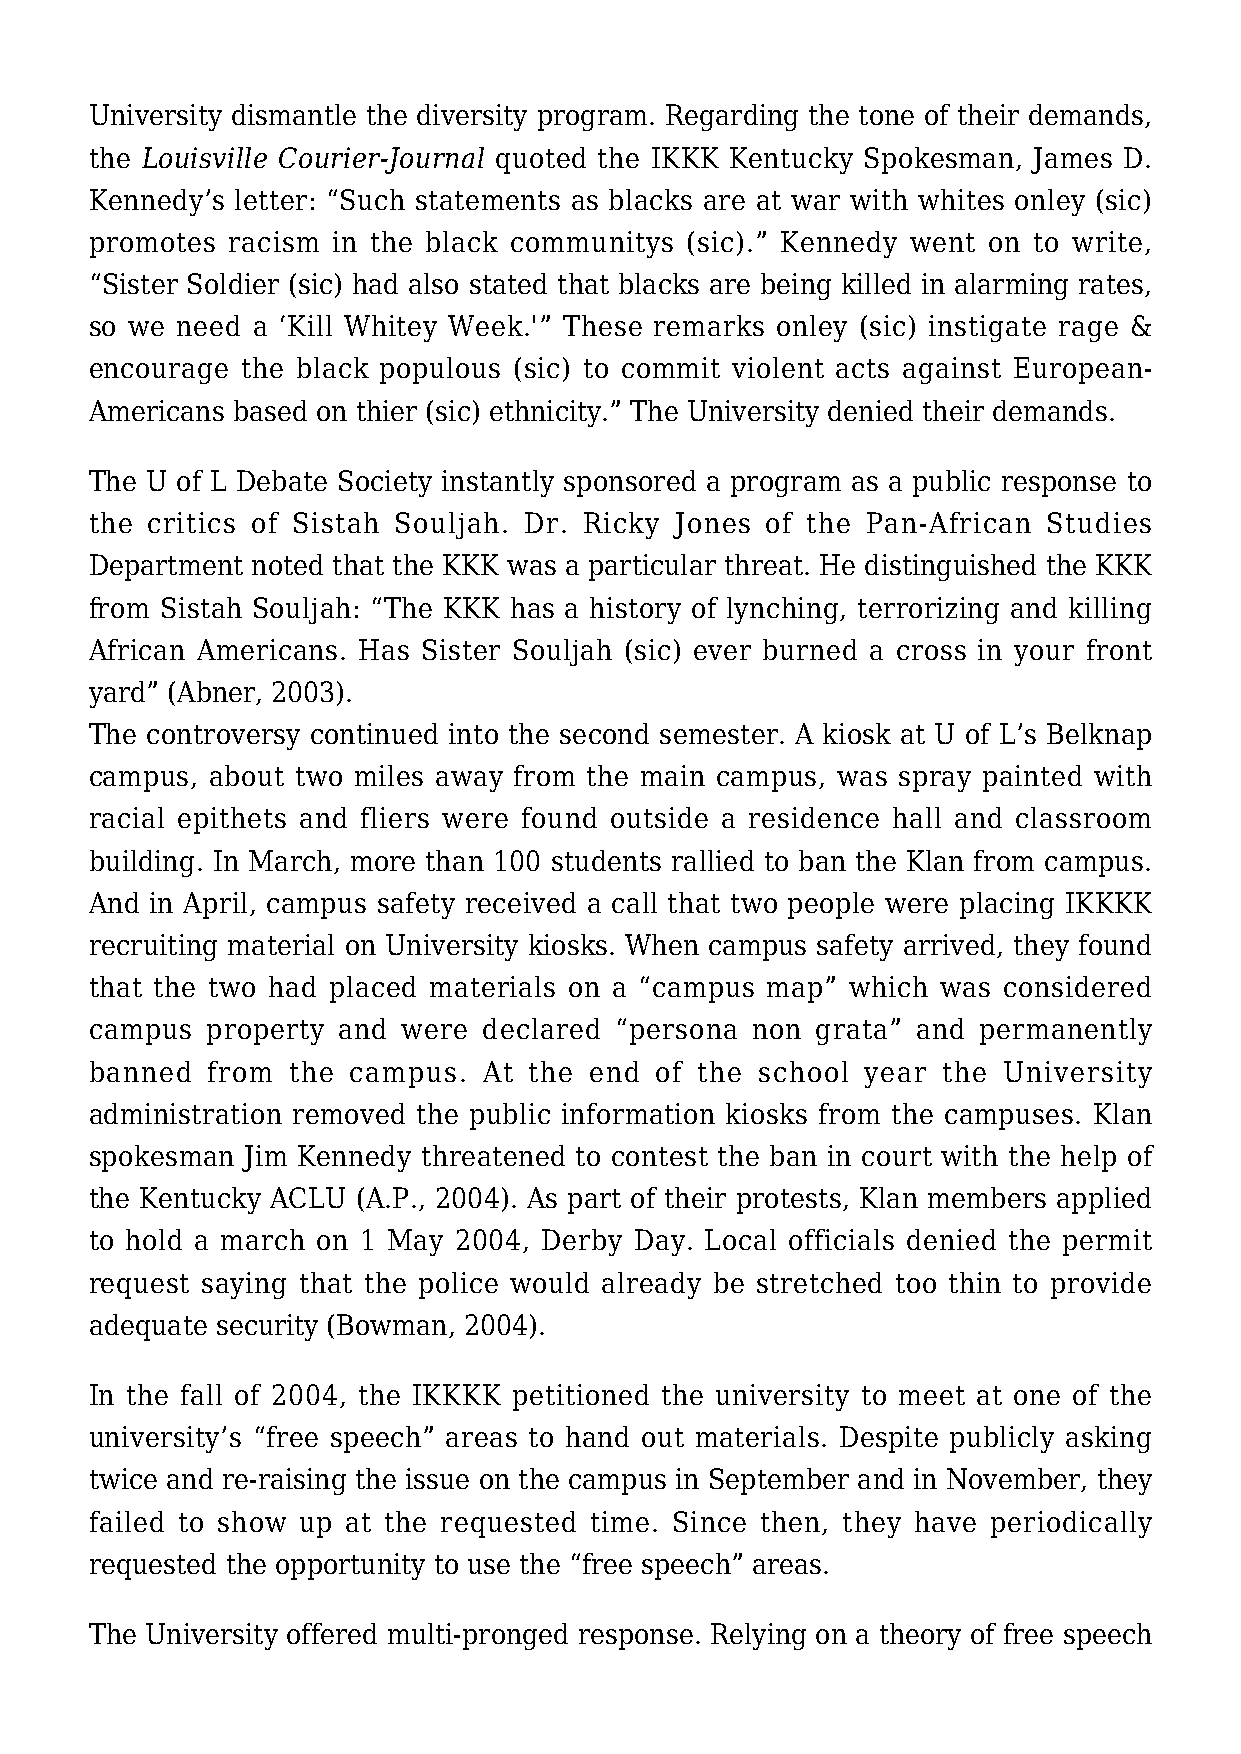
University dismantle the diversity program. Regarding the tone of their demands,
 the Louisville Courier-Journal quoted the IKKK Kentucky Spokesman, James D.
 Kennedy’s letter: “Such statements as blacks are at war with whites onley (sic)
 promotes racism in the black communitys (sic).” Kennedy went on to write,
 “Sister Soldier (sic) had also stated that blacks are being killed in alarming rates,
 so we need a ‘Kill Whitey Week.'” These remarks onley (sic) instigate rage &
 encourage the black populous (sic) to commit violent acts against European-
 Americans based on thier (sic) ethnicity.” The University denied their demands.
 The U of L Debate Society instantly sponsored a program as a public response to
 the critics of Sistah Souljah. Dr. Ricky Jones of the Pan-African Studies
 Department noted that the KKK was a particular threat. He distinguished the KKK
 from Sistah Souljah: “The KKK has a history of lynching, terrorizing and killing
 African Americans. Has Sister Souljah (sic) ever burned a cross in your front
 yard” (Abner, 2003).
 The controversy continued into the second semester. A kiosk at U of L’s Belknap
 campus, about two miles away from the main campus, was spray painted with
 racial epithets and fliers were found outside a residence hall and classroom
 building. In March, more than 100 students rallied to ban the Klan from campus.
 And in April, campus safety received a call that two people were placing IKKKK
 recruiting material on University kiosks. When campus safety arrived, they found
 that the two had placed materials on a “campus map” which was considered
 campus  property and were declared “persona non grata” and permanently
 banned  from the campus.  At the end of the school year the University
 administration removed the public information kiosks from the campuses. Klan
 spokesman Jim Kennedy threatened to contest the ban in court with the help of
 the Kentucky ACLU (A.P., 2004). As part of their protests, Klan members applied
 to hold a march on 1 May 2004, Derby Day. Local officials denied the permit
 request saying that the police would already be stretched too thin to provide
 adequate security (Bowman, 2004).
 In the fall of 2004, the IKKKK petitioned the university to meet at one of the
 university’s “free speech” areas to hand out materials. Despite publicly asking
 twice and re-raising the issue on the campus in September and in November, they
 failed to show up at the requested time. Since then, they have periodically
 requested the opportunity to use the “free speech” areas.
 The University offered multi-pronged response. Relying on a theory of free speech